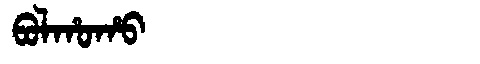
Manchu: ᠪᠣᠯᡥᠣᡥᠣ
Romanization: BOLHOHO